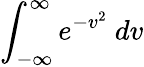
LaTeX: \int_{-\infty}^{\infty}e^{-v^{2}}\ dv